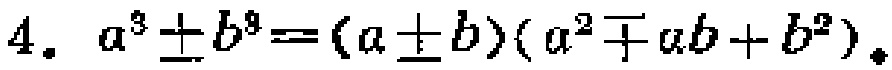
4. \(a^{3}\pm b^{3}=(a\pm b)(a^{2}\mp ab + b^{2})\)